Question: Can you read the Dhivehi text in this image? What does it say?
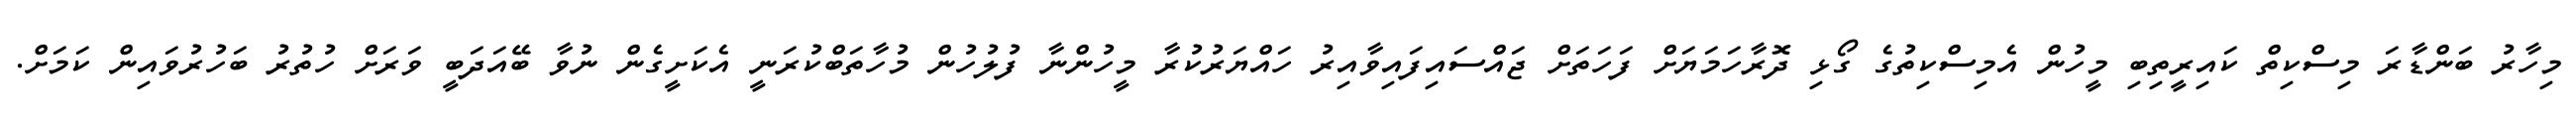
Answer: މިހާރު ބަންޑާރަ މިސްކިތް ކައިރީތިބި މީހުން އެމިސްކިތުގެ ގޯޅި ދޮރާހަމަޔަށް ފަހަތަށް ޖައްސައިފައިވާއިރު ހައްޔަރުކުރާ މީހުންނާ ފުލުހުން މުހާތަބްކުރަނީ އެކަށީގެން ނުވާ ބޭއަދަބީ ވަރަށް ހުތުރު ބަހުރުވައިން ކަމަށް.